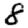
Digit: 8